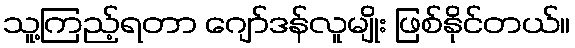
သူ့ကြည့်ရတာ ဂျော်ဒန်လူမျိုး ဖြစ်နိုင်တယ်။